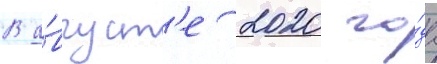
В а́вгуст'е 2020 го́да